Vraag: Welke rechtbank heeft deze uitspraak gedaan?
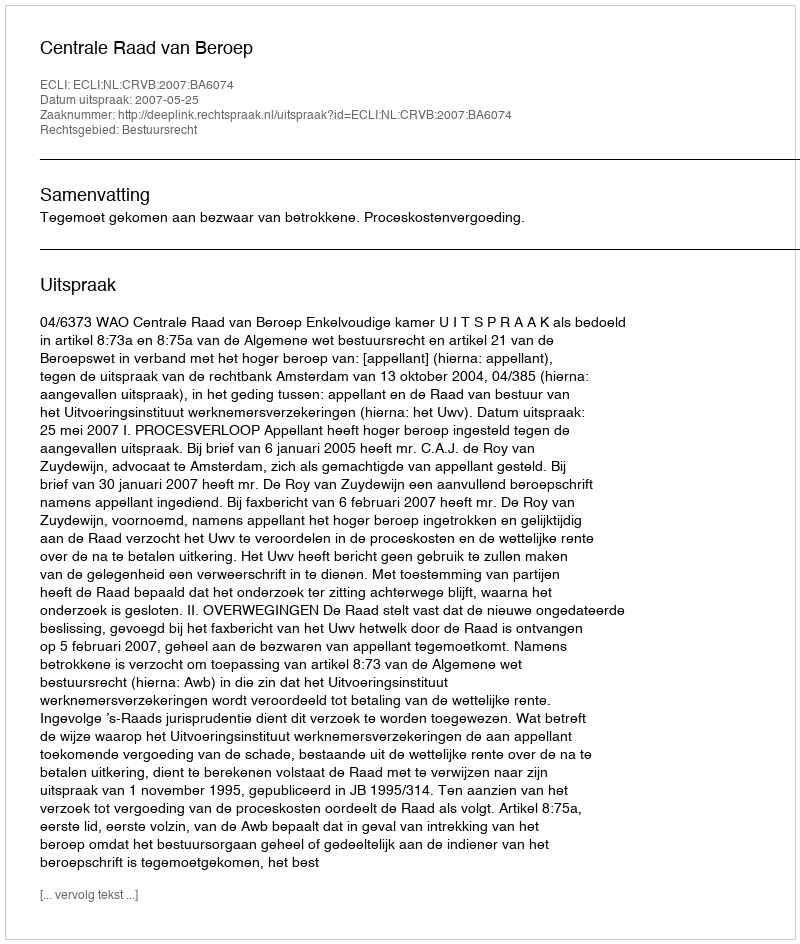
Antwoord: Centrale Raad van Beroep